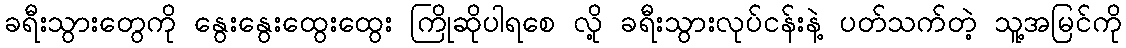
ခရီးသွားတွေကို နွေးနွေးထွေးထွေး ကြိုဆိုပါရစေ လို့ ခရီးသွားလုပ်ငန်းနဲ့ ပတ်သက်တဲ့ သူ့အမြင်ကို